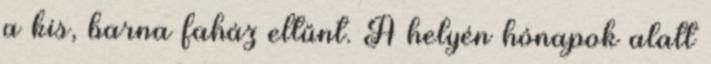
a kis, barna faház eltűnt. A helyén hónapok alatt